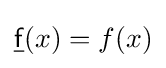
{\underline {\mathsf {f}}}(x)=f(x)